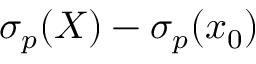
\sigma _ { p } ( \boldsymbol { X } ) - \sigma _ { p } ( \boldsymbol { x } _ { 0 } )